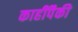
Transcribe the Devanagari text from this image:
काहींपैकी